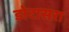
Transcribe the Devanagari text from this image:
डोटासरा